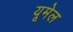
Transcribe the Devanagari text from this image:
यूमेल